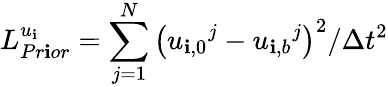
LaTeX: L_{Pr\mathbf{i}or}^{u_{\mathbf{i}}}=\sum_{j=1}^{N}{{{\left({{u_{\mathbf{i},0}}^{j}}-{{u_{\mathbf{i},b}}^{j}}\right)}^{2}}/\Delta{{t}^{2}}}